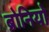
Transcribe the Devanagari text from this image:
ब्रोनियो